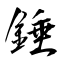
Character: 錘